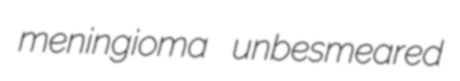
meningioma unbesmeared